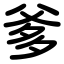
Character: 爹